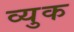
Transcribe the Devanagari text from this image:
व्युक